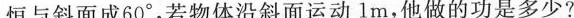
恒与斜面成60°，若物体沿斜面运动1m，他做的功是多少？